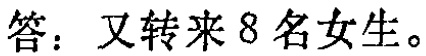
答：又转来 8 名女生。